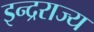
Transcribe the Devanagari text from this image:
इन्द्रराज्य